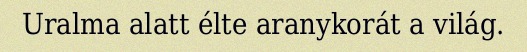
Uralma alatt élte aranykorát a világ.